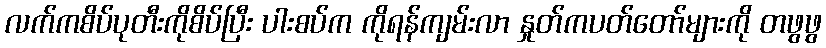
လက်ကစိပ်ပုတီးကိုစိပ်ပြီး ပါးစပ်က ကိုရန်ကျမ်းလာ နှုတ်ကပတ်တော်များကို တဖွဖွ